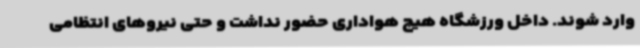
وارد شوند. داخل ورزشگاه هیچ هواداری حضور نداشت و حتی نیروهای انتظامی